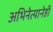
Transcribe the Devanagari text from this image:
अभिनेत्यानेही